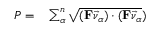
\begin{array} { r l } { P = } & { { } \sum _ { \alpha } ^ { n } \sqrt { ( \mathbf { F } \vec { \nu } _ { \alpha } ) \cdot ( \mathbf { F } \vec { \nu } _ { \alpha } } ) } \end{array}